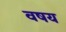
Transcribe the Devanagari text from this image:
वषय